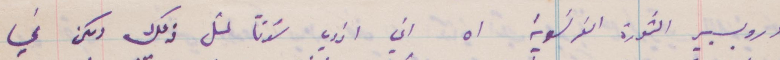
وروبسبيير الثورة الفرنسية اه اني اذوي لُدنًا لمل ذلك ولكن في